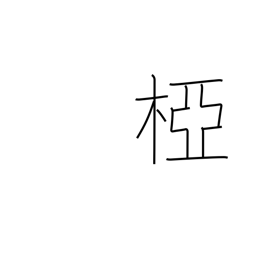
Meaning: crotch of a tree